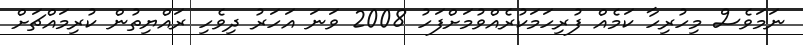
ނަމަވެސް މިހުރިހާ ކަމެއް ފުރިހަމަކުރެއްވުމަށްފަހު 2008 ވަނަ އަހަރު ދިވެހި ރައްޔިތުން ކުރިމައްޗަށް